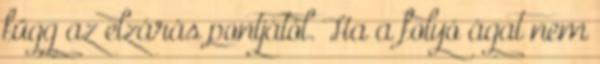
függ az elzárás pontjától. Ha a folyó ágat nem